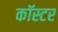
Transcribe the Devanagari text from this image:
कॉस्टर